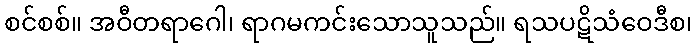
စင်စစ်။ အဝီတရာဂေါ၊ ရာဂမကင်းသောသူသည်။ ရသပဋိသံဝေဒီစ၊